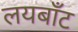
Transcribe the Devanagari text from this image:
लयबाँट